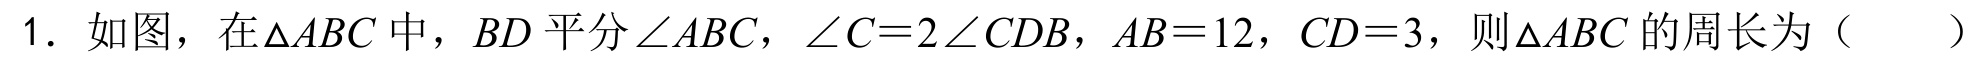
1. 如图，在\(\triangle ABC\)中，\(BD\)平分\(\angle ABC\)，\(\angle C = 2\angle CDB\)，\(AB = 12\)，\(CD = 3\)，则\(\triangle ABC\)的周长为（  ）